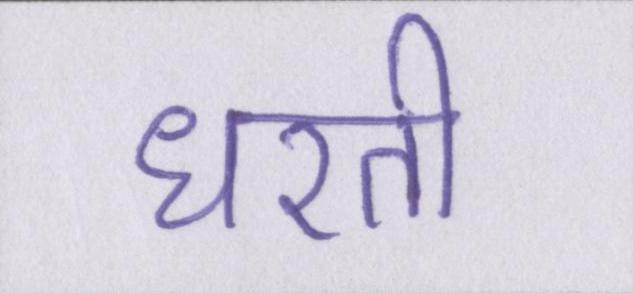
धरती